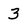
Character: 3